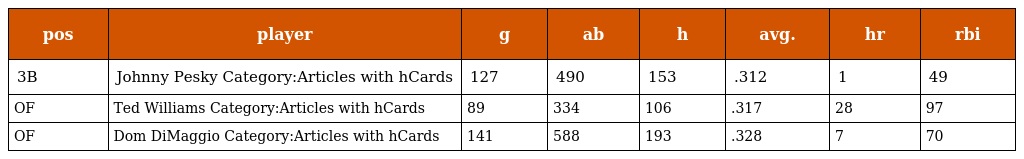
| pos | player | g | ab | h | avg. | hr | rbi |
 | --- | --- | --- | --- | --- | --- | --- | --- |
 | 3B | Johnny Pesky Category:Articles with hCards | 127 | 490 | 153 | .312 | 1 | 49 |
 | OF | Ted Williams Category:Articles with hCards | 89 | 334 | 106 | .317 | 28 | 97 |
 | OF | Dom DiMaggio Category:Articles with hCards | 141 | 588 | 193 | .328 | 7 | 70 |